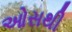
ઓસથી